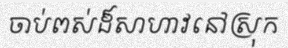
ចាប់ពស់ដ៏សាហាវនៅស្រុក